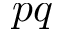
p q